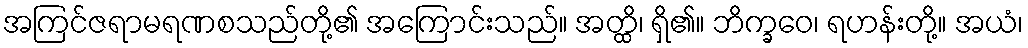
အကြင်ဇရာမရဏစသည်တို့၏ အကြောင်းသည်။ အတ္ထိ၊ ရှိ၏။ ဘိက္ခဝေ၊ ရဟန်းတို့။ အယံ၊